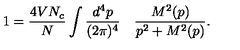
1 = \frac { 4 V N _ { c } } { N } \int \frac { d ^ { 4 } p } { ( 2 \pi ) ^ { 4 } } \quad \frac { M ^ { 2 } ( p ) } { p ^ { 2 } + M ^ { 2 } ( p ) } .